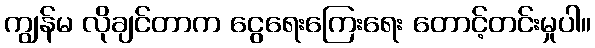
ကျွန်မ လိုချင်တာက ငွေရေးကြေးရေး တောင့်တင်းမှုပါ။